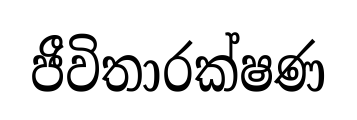
ජීවිතාරක්ෂණ